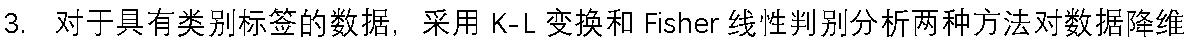
3. 对于具有类别标签的数据，采用 K-L 变换和 Fisher 线性判别分析两种方法对数据降维